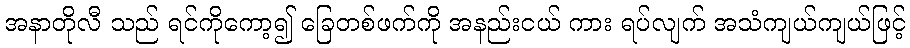
အနာတိုလီ သည် ရင်ကိုကော့၍ ခြေတစ်ဖက်ကို အနည်းငယ် ကား ရပ်လျက် အသံကျယ်ကျယ်ဖြင့်